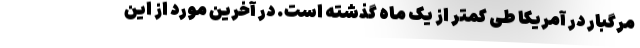
مرگبار در آمریکا طی کمتر از یک ماه گذشته است. در آخرین مورد از این